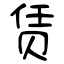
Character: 赁